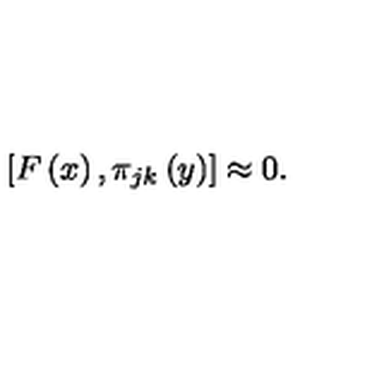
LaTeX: \left[ F \left( x \right) , \pi _ { j k } \left( y \right) \right] \approx 0 .